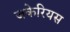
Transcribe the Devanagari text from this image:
जकेरियस